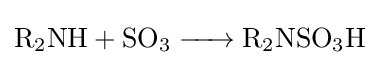
{\ce {R2NH + SO3 -> R2NSO3H}}